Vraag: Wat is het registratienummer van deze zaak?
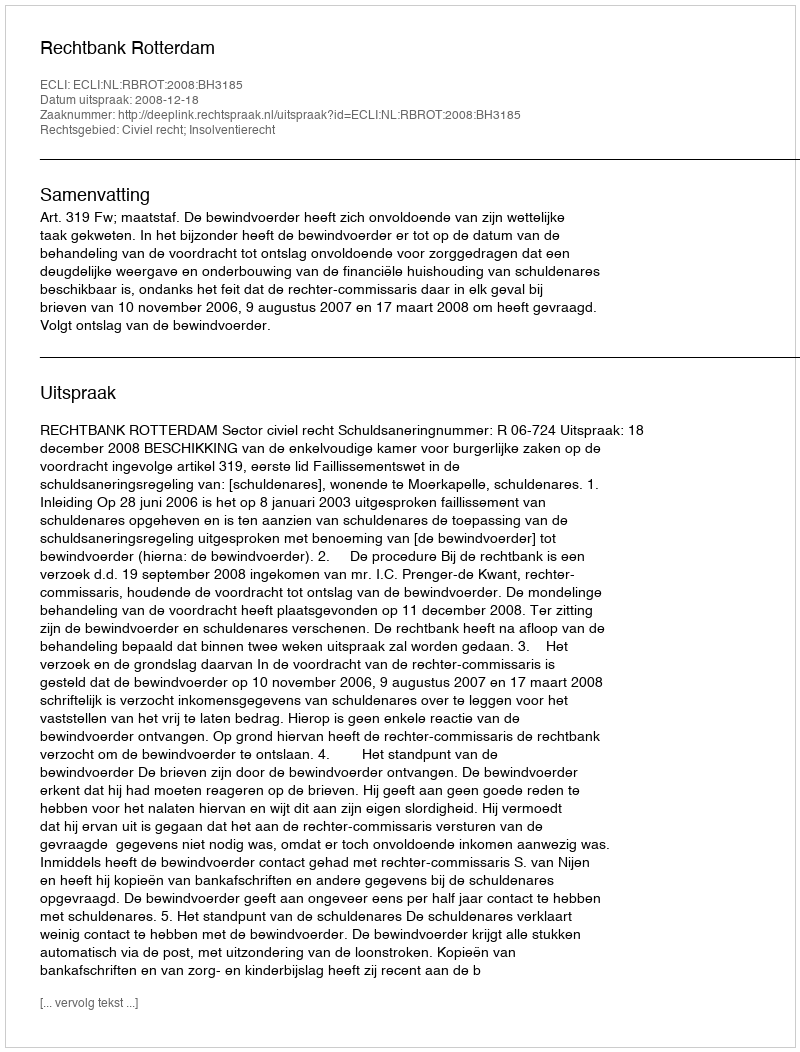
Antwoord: http://deeplink.rechtspraak.nl/uitspraak?id=ECLI:NL:RBROT:2008:BH3185